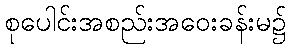
စုပေါင်းအစည်းအဝေးခန်းမ၌